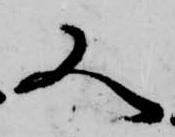
又